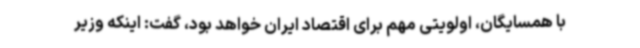
با همسایگان، اولویتی مهم برای اقتصاد ایران خواهد بود، گفت: اینکه وزیر